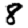
Digit: 8